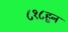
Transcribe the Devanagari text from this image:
८१८हून